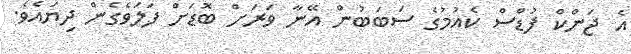
އެ ޖަންކް ފުޑްސް ކެއުމުގެ ސަބަބުން އޭނާ ވަރަށް ބޮޑަށް ފަލަވެގެން ދިޔައެވެ.